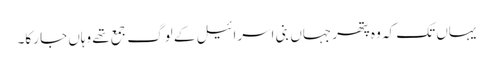
یہاں تک کہ وہ پتھر جہاں بنی اسرائیل کے لوگ جمع تھے وہاں جا رکا۔